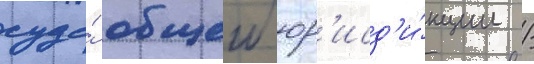
суда́ общеи юр'исд'и́кции /